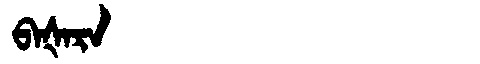
Manchu: ᠪᠠᡧᠠᡵᠠ
Romanization: BAŠARA